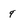
Character: q